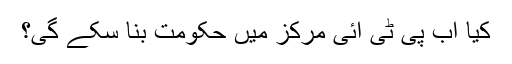
کیا اب پی ٹی آئی مرکز میں حکومت بنا سکے گی؟